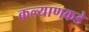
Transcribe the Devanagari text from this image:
कल्याणकडे